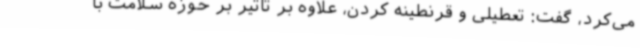
می‌کرد، گفت: تعطیلی و قرنطینه کردن، علاوه بر تاثیر بر حوزه سلامت با